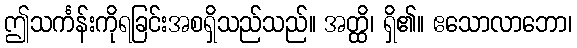
ဤသင်္ကန်းကိုရခြင်းအစရှိသည်သည်။ အတ္ထိ၊ ရှိ၏။ ဧသောလာဘော၊